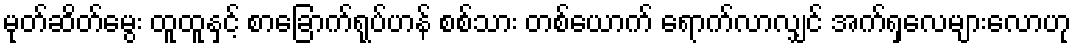
မုတ်ဆိတ်မွေး ထူထူနှင့် စာခြောက်ရုပ်ဟန် စစ်သား တစ်ယောက် ရောက်လာလျှင် အက်ရှလေများလောဟု